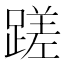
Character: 蹉